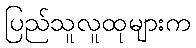
ပြည်သူလူထုများက